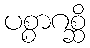
ပစ္စာဂစ္ဆိ